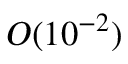
{ \cal O } ( 1 0 ^ { - 2 } )